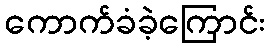
ကောက်ခံခဲ့ကြောင်း